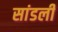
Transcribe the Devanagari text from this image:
सांडली